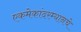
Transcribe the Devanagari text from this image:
एकमेकांदरम्यानचे